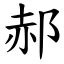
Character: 郝